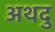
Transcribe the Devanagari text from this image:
अथदु